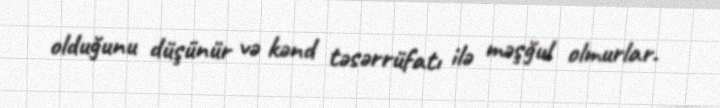
olduğunu düşünür və kənd təsərrüfatı ilə məşğul olmurlar.